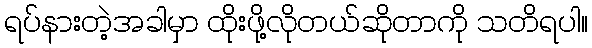
ရပ်နားတဲ့အခါမှာ ထိုးဖို့လိုတယ်ဆိုတာကို သတိရပါ။